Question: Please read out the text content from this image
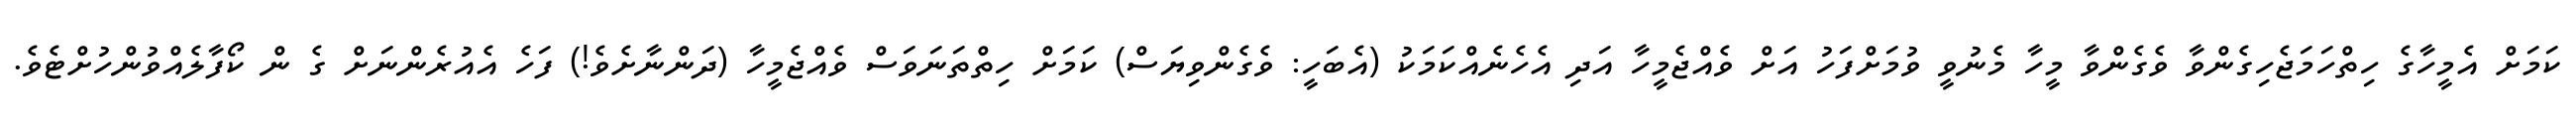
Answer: ކަމަށް އެމީހާގެ ހިތްހަމަޖެހިގެންވާ ވެގެންވާ މީހާ މެނުވީ ވުމަށްފަހު އަށް ވެއްޖެމީހާ އަދި އެހެނެއްކަމަކު (އެބަހީ: ވެގެންވިޔަސް) ކަމަށް ހިތްތަނަވަސް ވެއްޖެމީހާ (ދަންނާށެވެ!) ފަހެ އެއުރެންނަށް ގެ ން ކޯފާލެއްވުންހުށްޓެވެ.